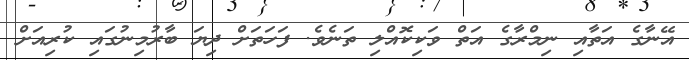
އޭނާގެ އަތާއި ނިމްރާގެ އަތް ވަކިކޮއްލި ތަނެވެ. ފަހަތަށް ދިޔަ ބާރުމިނުގައި ކުރިއަށް